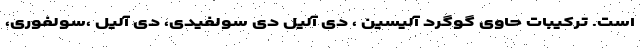
است. ترکیبات حاوی گوگرد آلیسین ، دی آلیل دی سولفیدی، دی آلیل ،سولفوری،